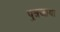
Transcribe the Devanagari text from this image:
पुत्रजाया